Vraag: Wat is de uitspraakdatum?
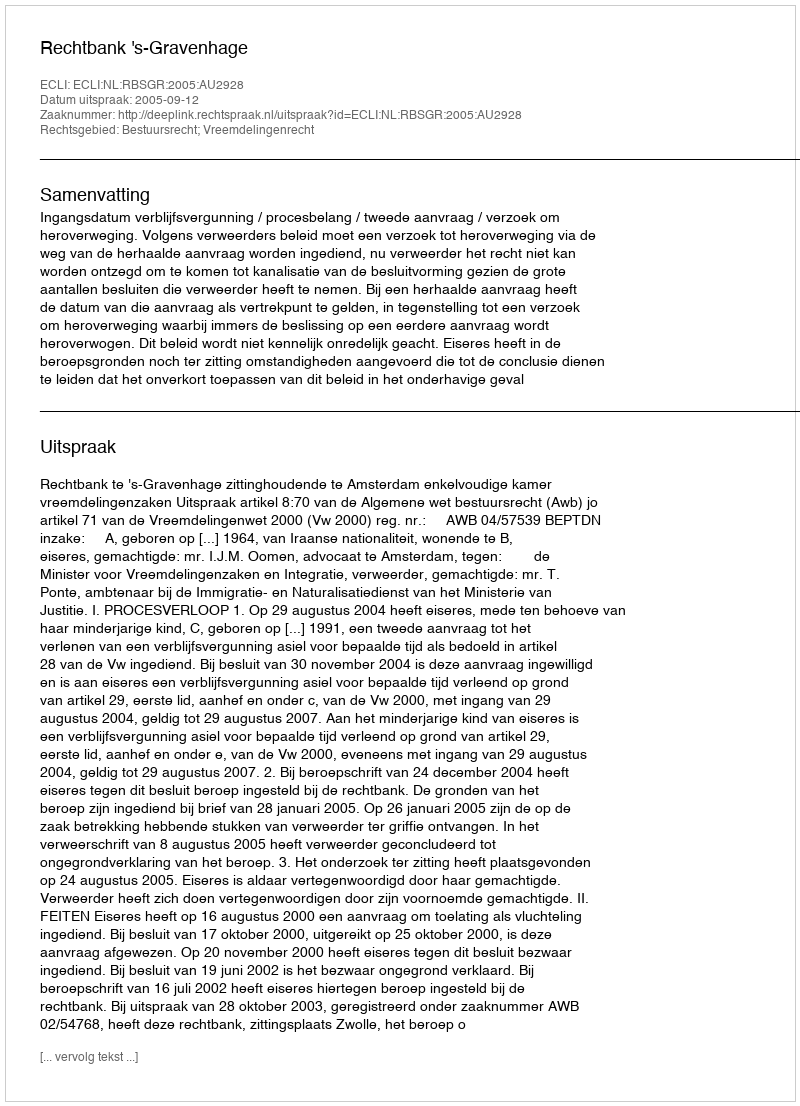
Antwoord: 2005-09-12